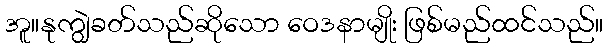
အူ။နုကျွဲခတ်သည်ဆိုသော ဝေဒနာမျိုး ဖြစ်မည်ထင်သည်။